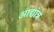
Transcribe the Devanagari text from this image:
आद्यांत्र